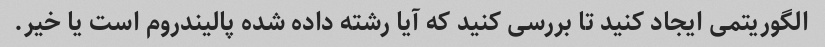
الگوریتمی ایجاد کنید تا بررسی کنید که آیا رشته داده شده پالیندروم است یا خیر.